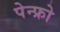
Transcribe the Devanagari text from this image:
पेन्फ्रो